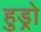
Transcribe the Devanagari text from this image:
हुड्रो